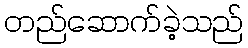
တည်ဆောက်ခဲ့သည်